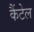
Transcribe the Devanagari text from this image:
कैंटेल